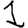
Digit: 1